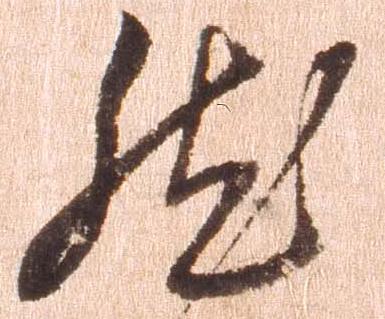
然